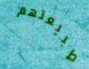
طبيعتهم